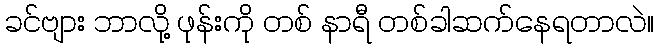
ခင်ဗျား ဘာလို့ ဖုန်းကို တစ် နာရီ တစ်ခါဆက်နေရတာလဲ။